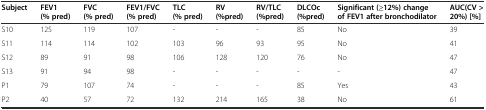
| Subject | FEV1 (% pred) | FVC (% pred) | FEV1/FVC (% pred) | TLC (% pred) | RV (%pred) | RV/TLC (%pred) | DLCOc (%pred) | Significant (≥12%) change of FEV1 after bronchodilator | AUC(CV > 20%) [%] |
 | --- | --- | --- | --- | --- | --- | --- | --- | --- | --- |
 | S10 | 125 | 119 | 107 | - | - | - | 85 | No | 39 |
 | S11 | 114 | 114 | 102 | 103 | 96 | 93 | 95 | No | 41 |
 | S12 | 89 | 91 | 98 | 106 | 128 | 120 | 76 | No | 47 |
 | S13 | 91 | 94 | 98 | - | - | - | - | - | 47 |
 | P1 | 79 | 107 | 74 | - | - | - | 85 | Yes | 43 |
 | P2 | 40 | 57 | 72 | 132 | 214 | 165 | 38 | No | 61 |